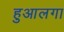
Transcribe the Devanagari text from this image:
हुआलगा